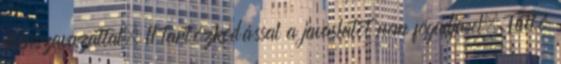
ellenszavazattal, 11 tartózkodással a javaslatot nem fogadja el. Tüttő